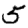
Digit: 5